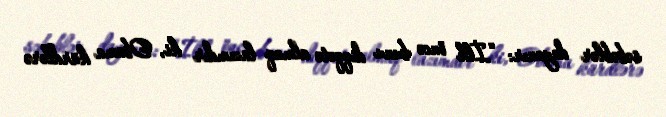
səbəblər dayanır: “İlk öncə bunu diqqətə almaq lazımdır ki, Obama kürdlərə